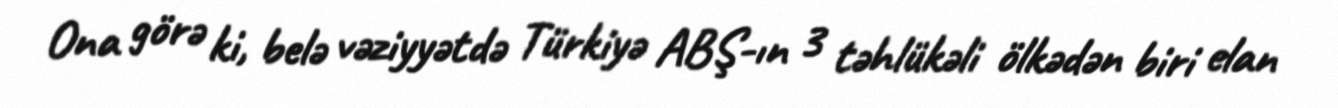
Ona görə ki, belə vəziyyətdə Türkiyə ABŞ-ın 3 təhlükəli ölkədən biri elan